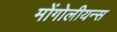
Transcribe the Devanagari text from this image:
मोंगोलीयन्स